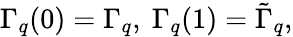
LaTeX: \Gamma_{q}(0)=\Gamma_{q},\ \Gamma_{q}(1)=\tilde{\Gamma}_{q},